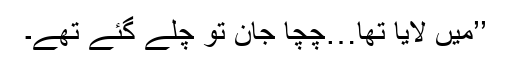
’’میں لایا تھا…چچا جان تو چلے گئے تھے۔